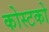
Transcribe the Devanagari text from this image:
कोस्‍टको